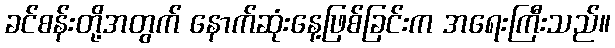
ခင်စန်းတို့အတွက် နောက်ဆုံးနေ့ဖြစ်ခြင်းက အရေးကြီးသည်။